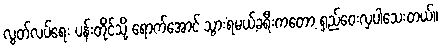
လွတ်လပ်ရေး ပန်းတိုင်သို့ ရောက်အောင် သွားရမယ့်ခရီးကတော့ ရှည်ဝေးလှပါသေးတယ်။